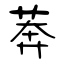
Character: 莾